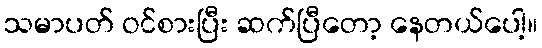
သမာပတ် ဝင်စားပြီး ဆက်ပြီတော့ နေတယ်ပေါ့။